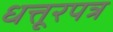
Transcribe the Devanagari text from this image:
धत्तूरपत्र